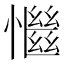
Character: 𢣎